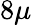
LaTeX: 8\mu